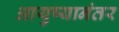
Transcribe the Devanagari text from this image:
आयुष्यानंतर